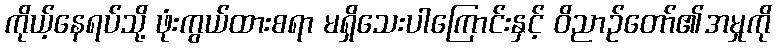
ကိုယ့်နေရပ်သို့ ဖုံးကွယ်ထားစရာ မရှိသေးပါကြောင်းနှင့် ဝိညာဉ်တော်၏အမှုကို